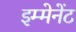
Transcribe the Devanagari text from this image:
इम्मेनेंट